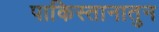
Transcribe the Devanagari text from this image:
पाकिस्तानातुन